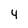
Character: 4